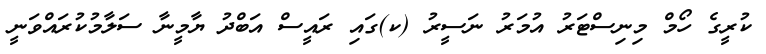
ކުރީގެ ހޯމް މިނިސްޓަރު އުމަރު ނަސީރު (ކ)ގައި ރައީސް އަބްދު ޔާމީނާ ސަލާމުކުރައްވަނީ